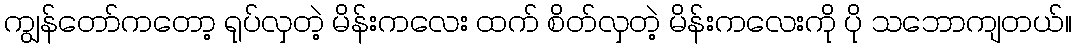
ကျွန်တော်ကတော့ ရုပ်လှတဲ့ မိန်းကလေး ထက် စိတ်လှတဲ့ မိန်းကလေးကို ပို သဘောကျတယ်။